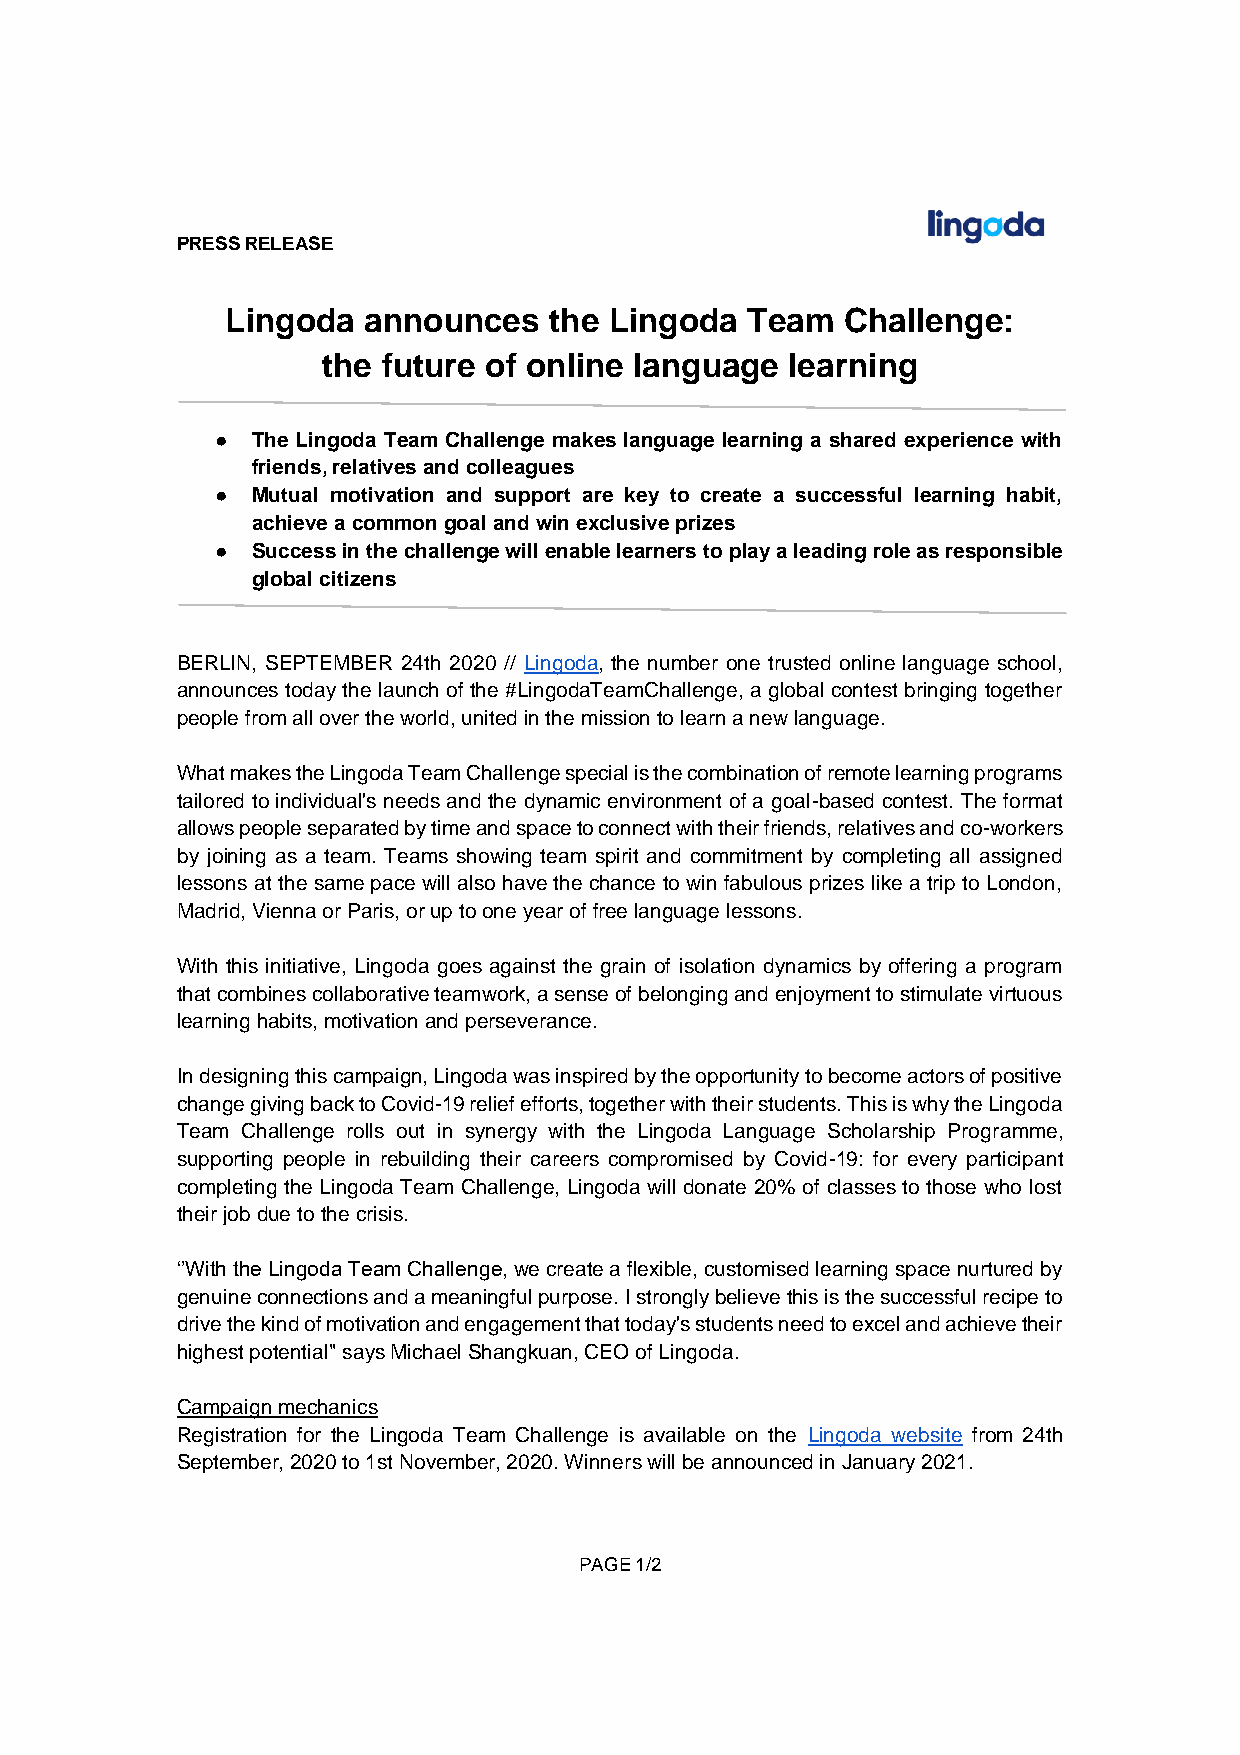
PRESS RELEASE
 Lingoda  announces   the Lingoda  Team   Challenge:
 the future of online language  learning
 ●  The Lingoda Team Challenge makes language learning a shared experience with
 friends, relatives and colleagues
 ●  Mutual motivation and support are key to create a successful learning habit,
 achieve a common goal and win exclusive prizes
 ●  Success in the challenge will enable learners to play a leading role as responsible
 global citizens
 BERLIN, SEPTEMBER 24th 2020 // Lingoda, the number one trusted online language school,
 announces today the launch of the #LingodaTeamChallenge, a global contest bringing together
 people from all over the world, united in the mission to learn a new language.
 What makes the Lingoda Team Challenge special is the combination of remote learning programs
 tailored to individual's needs and the dynamic environment of a goal-based contest. The format
 allows people separated by time and space to connect with their friends, relatives and co-workers
 by joining as a team. Teams showing team spirit and commitment by completing all assigned
 lessons at the same pace will also have the chance to win fabulous prizes like a trip to London,
 Madrid, Vienna or Paris, or up to one year of free language lessons.
 With this initiative, Lingoda goes against the grain of isolation dynamics by offering a program
 that combines collaborative teamwork, a sense of belonging and enjoyment to stimulate virtuous
 learning habits, motivation and perseverance.
 In designing this campaign, Lingoda was inspired by the opportunity to become actors of positive
 change giving back to Covid-19 relief efforts, together with their students. This is why the Lingoda
 Team Challenge rolls out in synergy with the Lingoda Language Scholarship Programme,
 supporting people in rebuilding their careers compromised by Covid-19: for every participant
 completing the Lingoda Team Challenge, Lingoda will donate 20% of classes to those who lost
 their job due to the crisis.
 ‘’With the Lingoda Team Challenge, we create a flexible, customised learning space nurtured by
 genuine connections and a meaningful purpose. I strongly believe this is the successful recipe to
 drive the kind of motivation and engagement that today's students need to excel and achieve their
 highest potential" says Michael Shangkuan, CEO of Lingoda.
 Campaign mechanics
 Registration for the Lingoda Team Challenge is available on the Lingoda website from 24th
 September, 2020 to 1st November, 2020. Winners will be announced in January 2021.
 PAGE 1/2